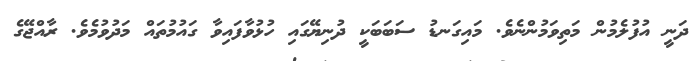
ދަނީ އުފުލެމުން މަތިވަމުންނެވެ. މައިގަނޑު ސަބަބަކީ ދުނިޔޭގައި ހުޅުވާފައިވާ ގައުމުތައް މަދުވުމެވެ. ރާއްޖޭގެ